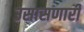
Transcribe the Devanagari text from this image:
उसासणारी